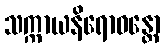
သက္ကာယနိရောဓန္တော